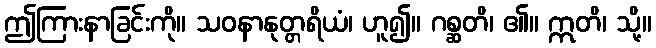
ဤကြားနာခြင်းကို။ သဝနာနုတ္တရိယံ၊ ဟူ၍။ ဂစ္ဆတိ၊ ၏။ ဣတိ၊ သို့။